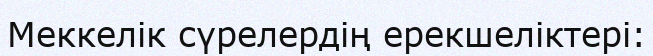
Меккелік сүрелердің ерекшеліктері: